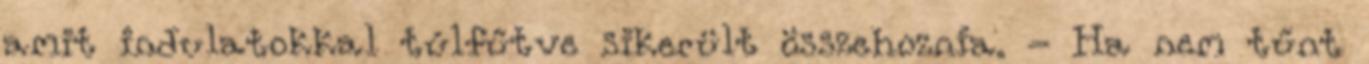
amit indulatokkal túlfűtve sikerült összehoznia. - Ha nem tűnt